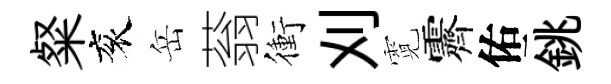
粲衮岳蓊衝刈霓霽佑銚